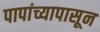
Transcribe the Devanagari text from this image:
पापांच्यापासून